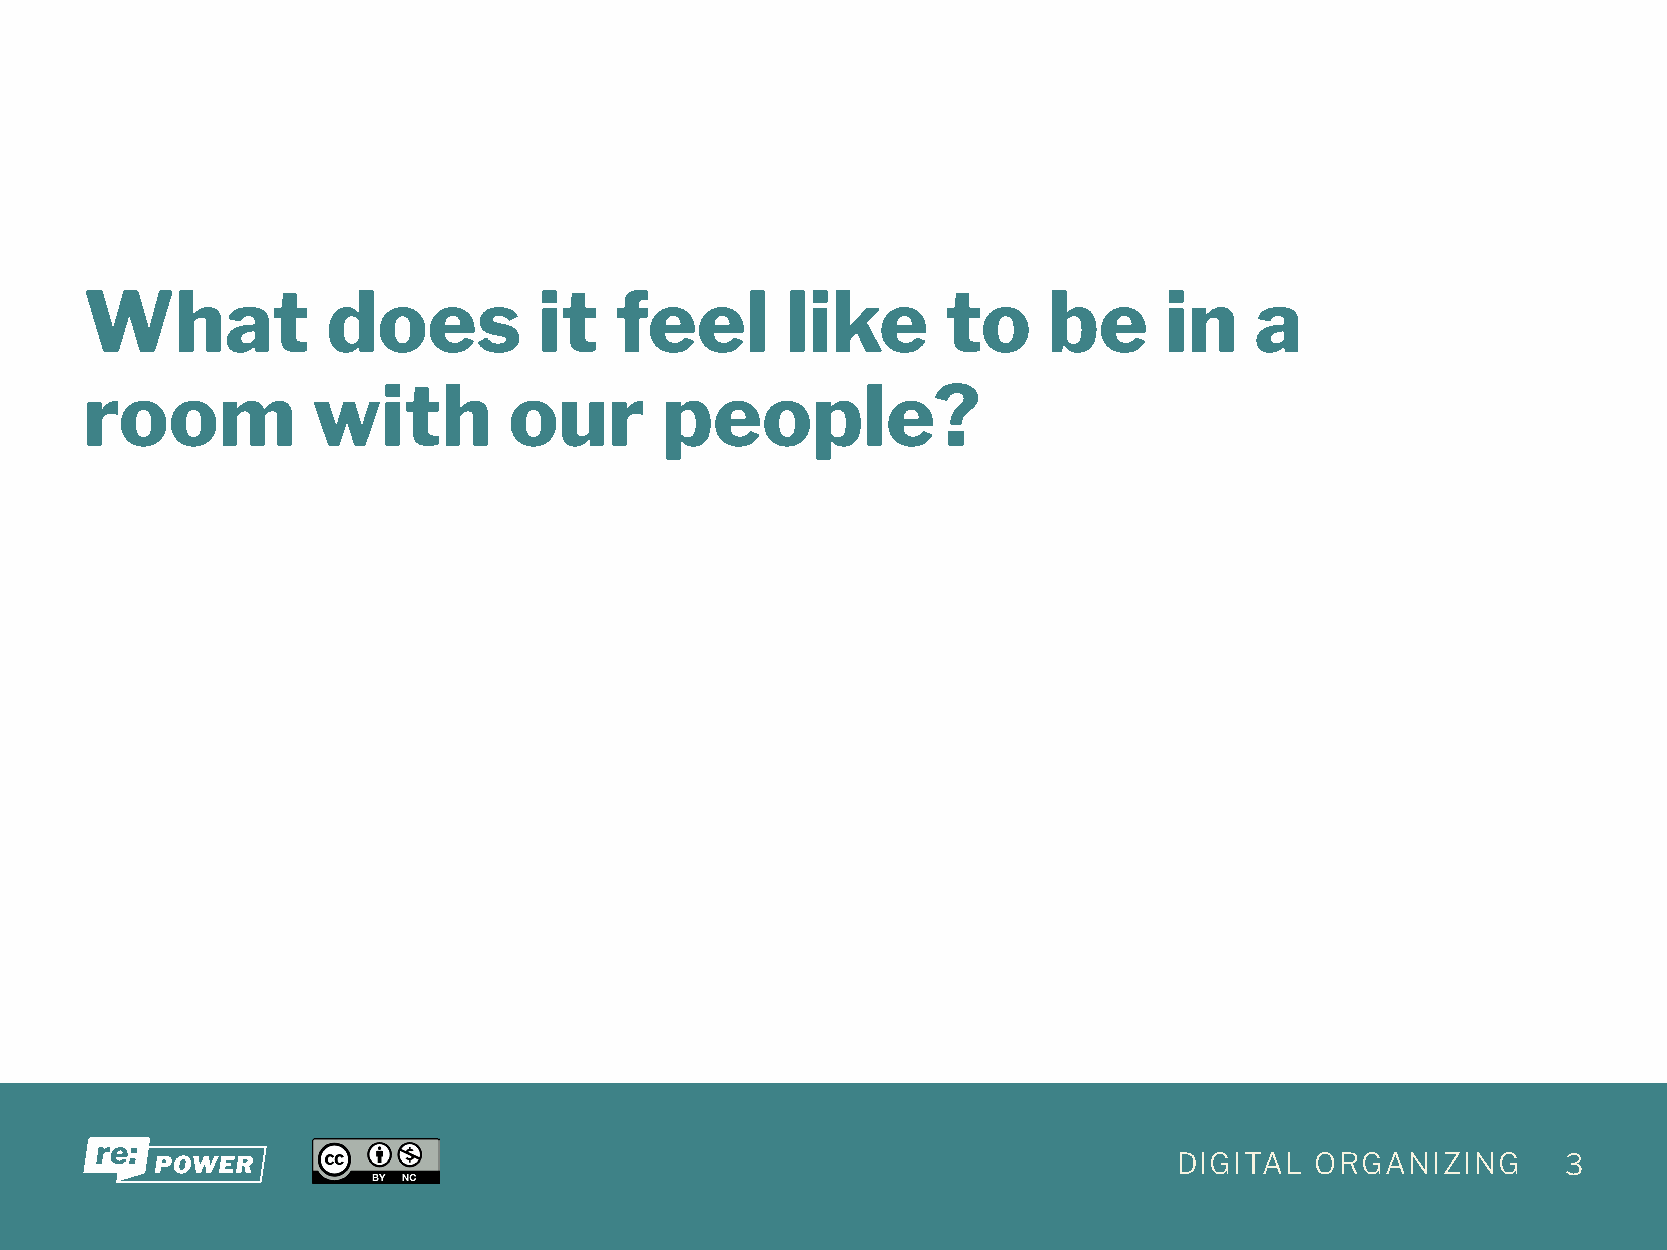
What            does          it   feel       like       to    be      in    a
 room           with         our       people?
 DIGITAL  ORGANIZING       3